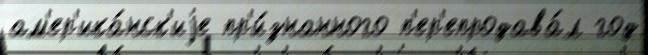
ам'ер'ика́нск'иjе пр'и́знанного п'ер'епродава́л год